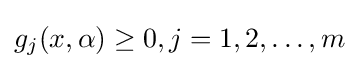
g_{j}(x,\alpha )\geq 0,j=1,2,\ldots ,m